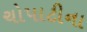
ચોપાટીના